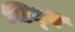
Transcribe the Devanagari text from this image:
जिन्‍न